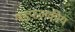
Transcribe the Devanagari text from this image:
षड्फलकीय